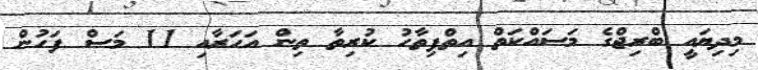
މިދިޔައީ ބްރިޖްގެ މަސައްކަތް އިތްފިތާހު ކުރިތާ ތިން އަހަރާއި 11 މަސް ފަހުން